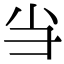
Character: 𢑐